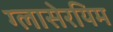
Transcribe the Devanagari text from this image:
ग्लासेरयिम